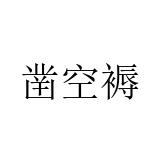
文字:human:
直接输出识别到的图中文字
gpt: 凿空褥